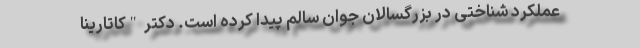
عملکرد شناختی در بزرگسالان جوان سالم پیدا کرده است. دکتر "کاتارینا